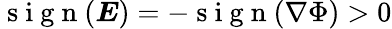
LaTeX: \mathrm{~s~i~g~n~}(\boldsymbol{E})=-\mathrm{~s~i~g~n~}(\nabla\Phi)>0